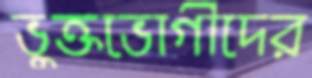
ভুক্তভোগীদের